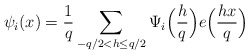
\begin{align*}\psi_i(x)=\frac{1}{q}\sum_{-q/2<h\leq q/2}\Psi_i\Bigl(\frac{h}{q}\Bigr) e\Big(\frac{hx}{q}\Bigr)\end{align*}